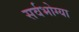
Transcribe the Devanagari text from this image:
सर्वभोग्या